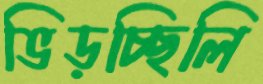
ভিড়চ্ছিলি